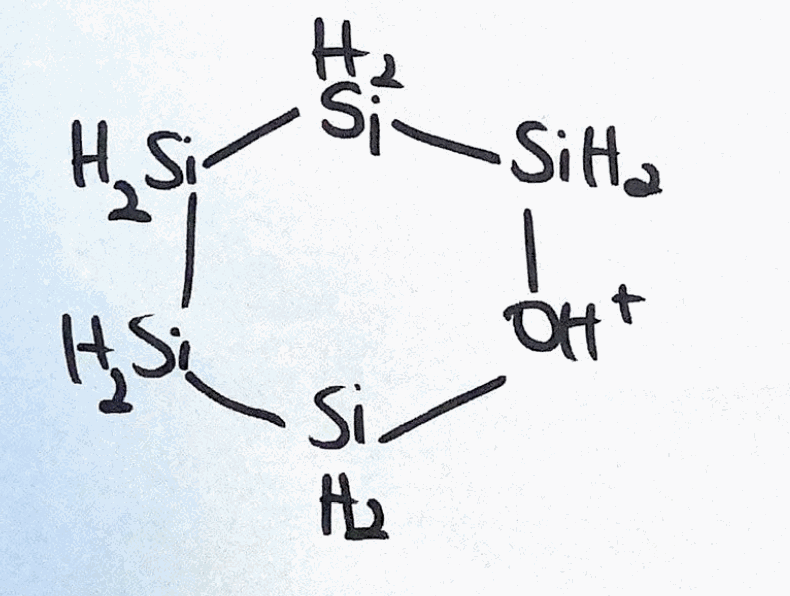
Simplified molecular-input line-entry system (SMILES) notation of the given molecule:
[OH+]1[SiH2][SiH2][SiH2][SiH2][SiH2]1